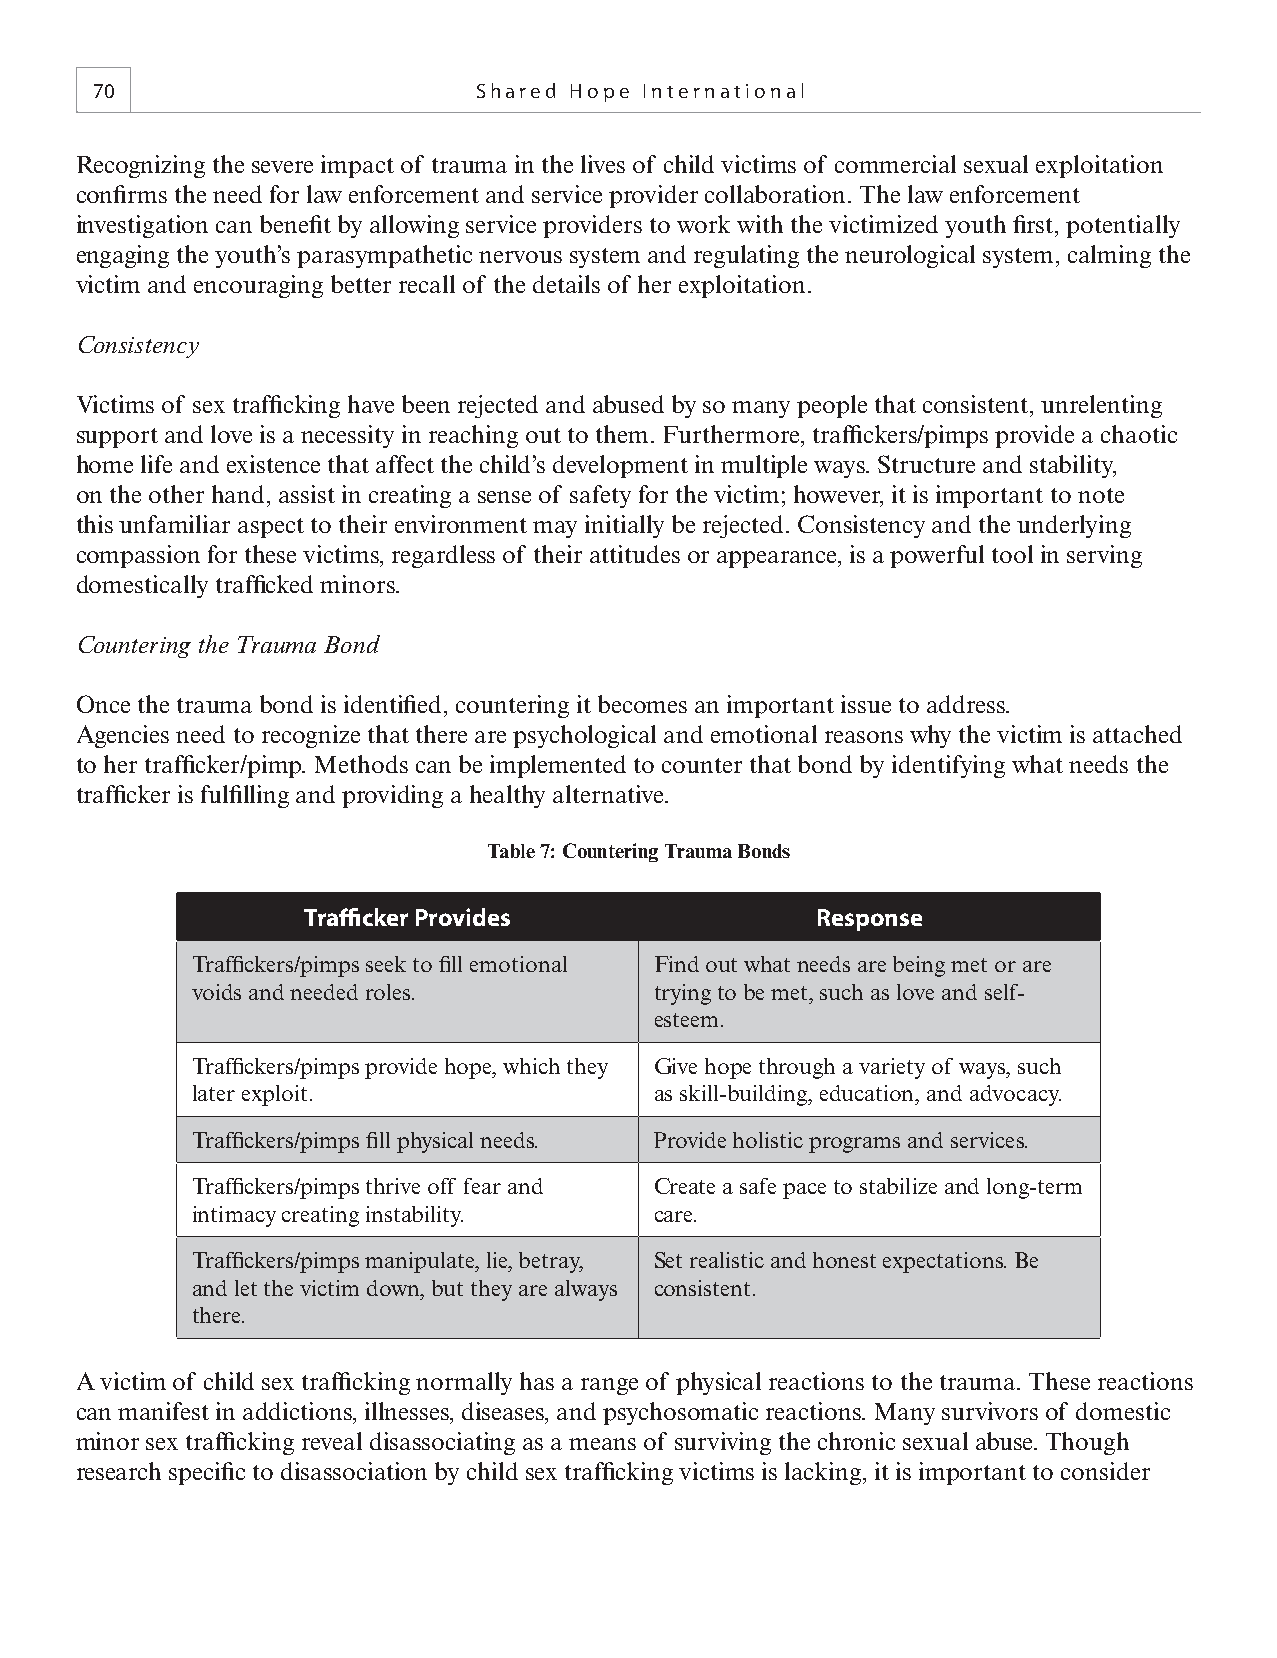
70                       Shared Hope International
 Recognizing the severe impact of trauma in the lives of child victims of commercial sexual exploitation
 confi rms the need for law enforcement and service provider collaboration. The law enforcement
 investigation can benefi t by allowing service providers to work with the victimized youth fi rst, potentially
 engaging the youth’s parasympathetic nervous system and regulating the neurological system, calming the
 victim and encouraging better recall of the details of her exploitation.
 Consistency
 Victims of sex traffi cking have been rejected and abused by so many people that consistent, unrelenting
 support and love is a necessity in reaching out to them. Furthermore, traffi ckers/pimps provide a chaotic
 home life and existence that affect the child’s development in multiple ways. Structure and stability,
 on the other hand, assist in creating a sense of safety for the victim; however, it is important to note
 this unfamiliar aspect to their environment may initially be rejected. Consistency and the underlying
 compassion for these victims, regardless of their attitudes or appearance, is a powerful tool in serving
 domestically traffi cked minors.
 Countering the Trauma Bond
 Once the trauma bond is identifi ed, countering it becomes an important issue to address.
 Agencies need to recognize that there are psychological and emotional reasons why the victim is attached
 to her traffi cker/pimp. Methods can be implemented to counter that bond by identifying what needs the
 traffi cker is fulfi lling and providing a healthy alternative.
 Table 7: Countering Trauma Bonds
 Traffi cker Provides              Response
 Traffi ckers/pimps seek to fi ll emotional Find out what needs are being met or are
 voids and needed roles.       trying to be met, such as love and self-
 esteem.
 Traffi ckers/pimps provide hope, which they Give hope through a variety of ways, such
 later exploit.                as skill-building, education, and advocacy.
 Traffi ckers/pimps fi ll physical needs. Provide holistic programs and services.
 Traffi ckers/pimps thrive off fear and Create a safe pace to stabilize and long-term
 intimacy creating instability. care.
 Traffi ckers/pimps manipulate, lie, betray, Set realistic and honest expectations. Be
 and let the victim down, but they are always consistent.
 there.
 A victim of child sex traffi cking normally has a range of physical reactions to the trauma. These reactions
 can manifest in addictions, illnesses, diseases, and psychosomatic reactions. Many survivors of domestic
 minor sex traffi cking reveal disassociating as a means of surviving the chronic sexual abuse. Though
 research specifi c to disassociation by child sex traffi cking victims is lacking, it is important to consider